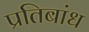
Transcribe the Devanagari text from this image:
प्रतिबांध